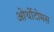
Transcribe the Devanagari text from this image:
ओर्थोटोमस